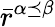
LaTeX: \bar{r}^{\alpha\preceq\beta}